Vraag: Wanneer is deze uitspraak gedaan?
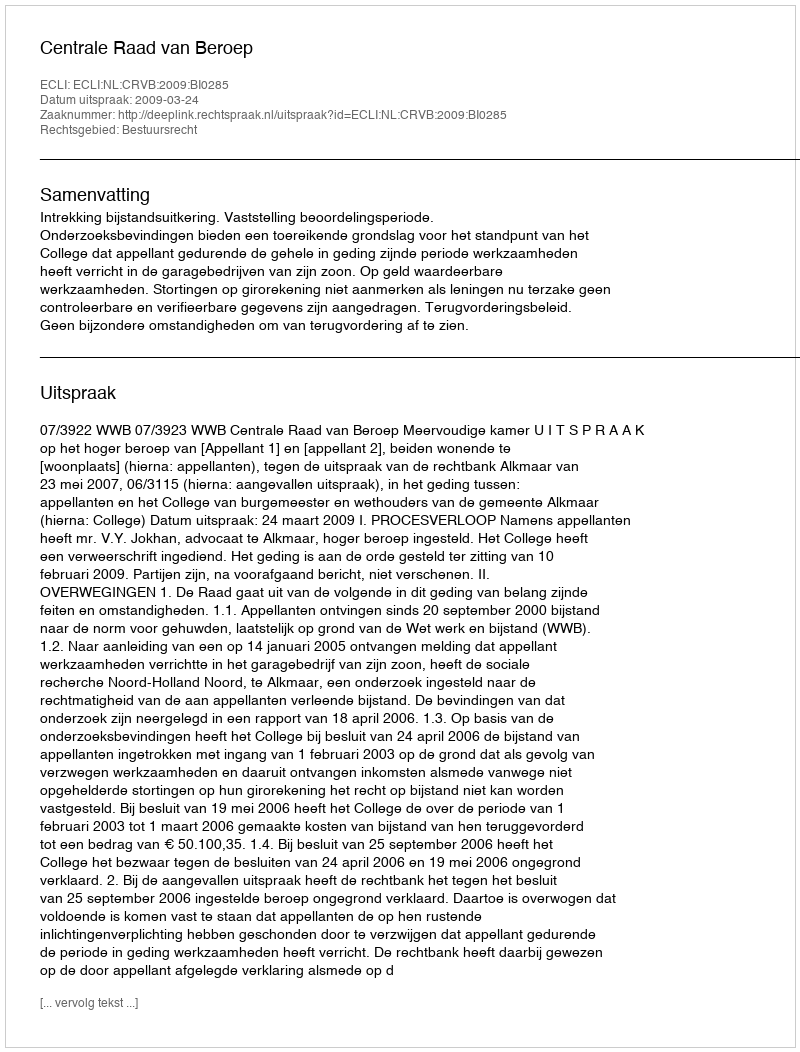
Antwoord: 2009-03-24